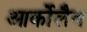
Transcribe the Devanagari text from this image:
आर्कोलैब